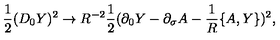
{ \frac { 1 } { 2 } } ( D _ { 0 } Y ) ^ { 2 } \rightarrow R ^ { - 2 } { \frac { 1 } { 2 } } ( \partial _ { 0 } Y - \partial _ { \sigma } A - { \frac { 1 } { R } } \{ A , Y \} ) ^ { 2 } ,